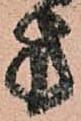
方